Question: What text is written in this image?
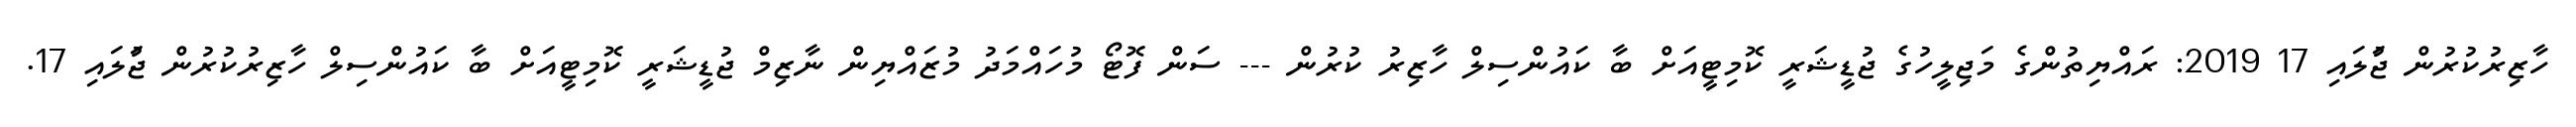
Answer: ހާޒިރުކުރުން ޖުަލައި 17 2019: ރައްޔިތުންގެ މަޖިލީހުގެ ޖުޑީޝަރީ ކޮމިޓީއަށް ބާ ކައުންސިލް ހާޒިރު ކުރުން --- ސަން ފޮޓޯ މުހައްމަދު މުޒައްޔިން ނާޒިމް ޖުޑީޝަރީ ކޮމިޓީއަށް ބާ ކައުންސިލް ހާޒިރުކުރުން ޖުަލައި 17.